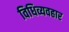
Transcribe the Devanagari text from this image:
विधिव्यवहार